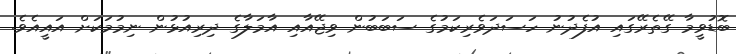
ބޮޑުވީމާ ގޭތެރޭގައި އުފެދުނު ހަސަދަވެރިކަމުގެ ސަބަބުން ވިޖޭއާއި އާމަލާގެ ދިރިއުޅުން ނިމުމަކަށް އައީއެވެ.